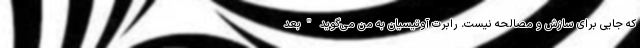
که جایی برای سازش و مصالحه نیست. رابرت آوتیسیان به من می‌گوید "بعد